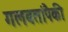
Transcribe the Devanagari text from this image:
गलबतांपैकी